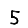
Digit: 5